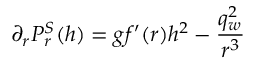
\partial _ { r } { \cal P } _ { r } ^ { S } ( h ) = g f ^ { \prime } ( r ) h ^ { 2 } - \displaystyle \frac { q _ { w } ^ { 2 } } { r ^ { 3 } }